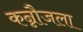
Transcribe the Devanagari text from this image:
कन्नौजला